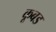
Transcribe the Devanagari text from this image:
कूबड